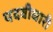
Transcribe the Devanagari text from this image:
पदवीधारी